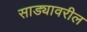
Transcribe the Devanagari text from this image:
साड्यावरील